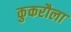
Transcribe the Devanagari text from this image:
कुकरौला